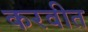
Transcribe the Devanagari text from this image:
करवीत